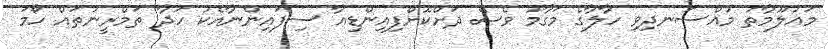
މައުލޫމާތު މުއްސަނދިވި ހާލާގެ މަގާމު ވެސް ދަށްކޮށްފިއިންޑިއާ ސިފައިންނާއެކު ހަދާ ތަމްރީނުތައް ހޯމަ